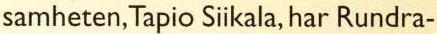
samheten, Tapio Siikala, har Rundra-